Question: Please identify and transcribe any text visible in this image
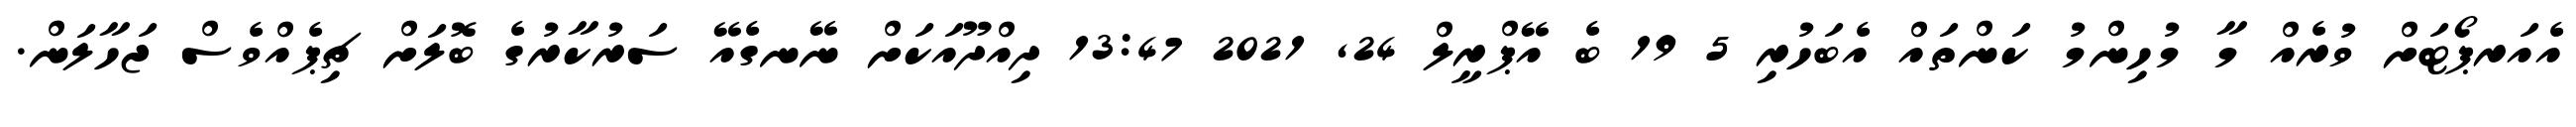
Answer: އެއަރޕޯޓަށް ވުރެއް މާ މުހިންމު ކަންތައް އެބަހުރި 5 19 ބެ އޭޕްރީލް 24, 2021 13:47 ދިއްދޫއަކަށް ނޭނގެއޭ ސަރުކާރުގެ ބޮލަށް ޗިޕެއްވެސް ޖަހާލަން.